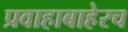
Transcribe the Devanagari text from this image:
प्रवाहाबाहेरच